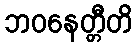
ဘဝနေတ္တီတိ